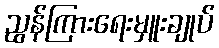
ညွန်ကြားရေးမှူးချုပ်